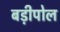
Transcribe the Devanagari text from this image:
बड़ीपोल